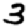
Digit: 3